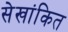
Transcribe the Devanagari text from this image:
सेखांकित